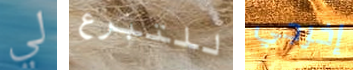
لي للتبرع إخرجي